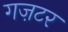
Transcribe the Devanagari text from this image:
गज़टर